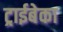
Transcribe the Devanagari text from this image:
ट्राईबेका